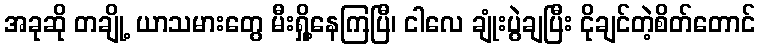
အခုဆို တချို့ ယာသမားတွေ မီးရှို့နေကြပြီ၊ ငါလေ ချုံးပွဲချပြီး ငိုချင်တဲ့စိတ်တောင်